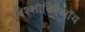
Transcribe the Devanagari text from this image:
बिश्शोबिद्दैलॉय